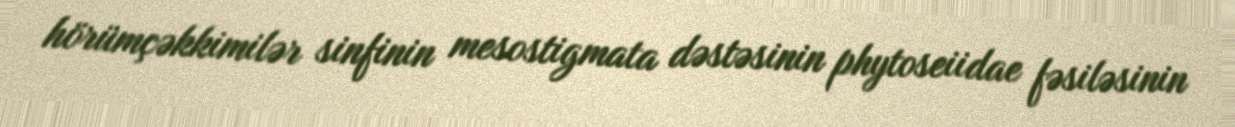
hörümçəkkimilər sinfinin mesostigmata dəstəsinin phytoseiidae fəsiləsinin